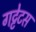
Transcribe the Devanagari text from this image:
गट्टेटस